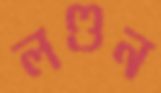
লণ্ডন